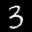
Label: 3